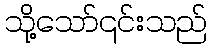
သို့သော်၎င်းသည်